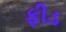
ફીડ